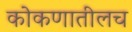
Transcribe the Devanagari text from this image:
कोकणातीलच